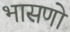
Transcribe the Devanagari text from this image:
भासणो